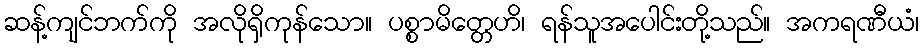
ဆန့်ကျင်ဘက်ကို အလိုရှိကုန်သော။ ပစ္စာမိတ္တေဟိ၊ ရန်သူအပေါင်းတို့သည်။ အကရဏီယံ၊